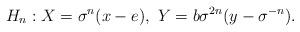
LaTeX: \begin{align*}H_n: X = \sigma^n(x - e), \ Y = b\sigma^{2n}(y - \sigma^{-n}).\end{align*}